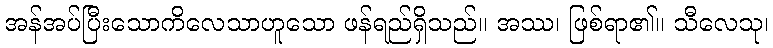
အန်အပ်ပြီးသောကိလေသာဟူသော ဖန်ရည်ရှိသည်။ အဿ၊ ဖြစ်ရာ၏။ သီလေသု၊